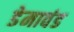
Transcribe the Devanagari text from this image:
डेमावंड